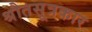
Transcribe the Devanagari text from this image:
श्रौतसूत्रकार